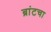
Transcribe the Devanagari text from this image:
ब्रांटचा